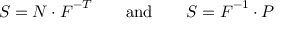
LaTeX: { \boldsymbol { S } } = { \boldsymbol { N } } \cdot { \boldsymbol { F } } ^ { - T } \qquad { \mathrm { a n d } } \qquad { \boldsymbol { S } } = { \boldsymbol { F } } ^ { - 1 } \cdot { \boldsymbol { P } }